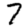
Digit: 7